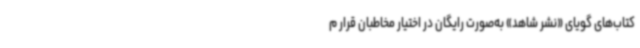
کتاب‌های گویای «نشر شاهد» به‌صورت رایگان در اختیار مخاطبان قرار م